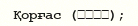
Қорғас (霍尔果斯);